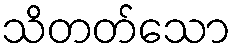
သိတတ်သော